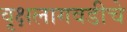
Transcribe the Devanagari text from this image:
वृक्षलागवडीचे